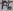
Text: A6